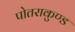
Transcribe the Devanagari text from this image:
पोतराकुण्ड